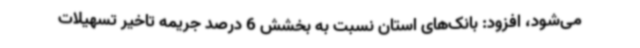
می‌شود، افزود: بانک‌های استان نسبت به بخشش 6 درصد جریمه تاخیر تسهیلات